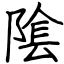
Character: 隂